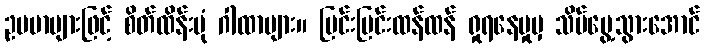
ဥပမာများဖြင့် စိတ်ထိန်းပုံ ဂါထာများ။ ပြင်းပြင်းထန်ထန် ရှုရနေမှုမှ သိမ်မွေ့သွားအောင်